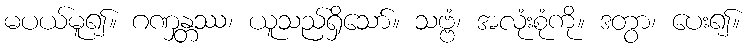
မပယ်မူ၍။ ဂဏှန္တဿ၊ ယူသည်ရှိသော်။ သဗ္ဗံ၊ အလုံးစုံကို။ ဒတွာ၊ ပေး၍။